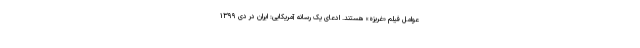
عوامل فیلم «غریزه» هستند. ادعای یک رسانه آمریکایی: ایران در دی ۱۳۹۹